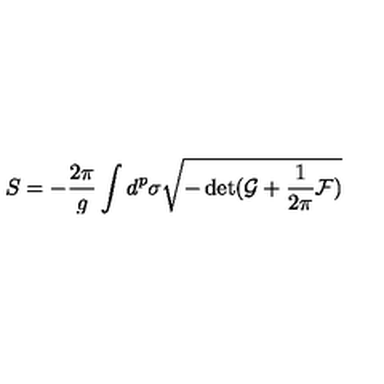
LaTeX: S = - \frac { 2 \pi } { g } \int d ^ { p } \sigma \sqrt { - \det ( \mathcal { G } + \frac { 1 } { 2 \pi } \mathcal { F } ) }